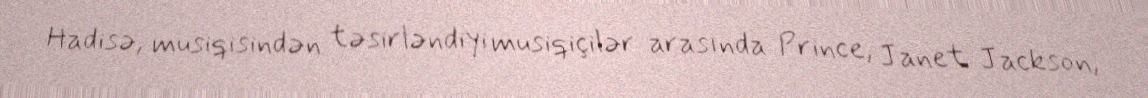
Hadisə, musiqisindən təsirləndiyi musiqiçilər arasında Prince, Janet Jackson,